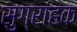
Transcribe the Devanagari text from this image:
सुग्रांहक